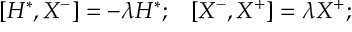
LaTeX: [ H ^ { * } , X ^ { - } ] = - \lambda H ^ { * } ; \; \; \; [ X ^ { - } , X ^ { + } ] = \lambda X ^ { + } ;